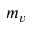
m _ { v }